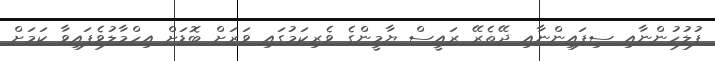
ފުލުހުންނާއި ސިފައިންނާއި ދޭތެރޭ ރައީސް ޔާމީންގެ ވެރިކަމުގައި ވަރަށް ބޮޑަށް އިހްމާލުވެފައިވާ ކަމަށް